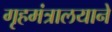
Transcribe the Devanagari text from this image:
गृहमंत्रालयाने